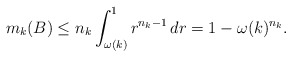
\begin{align*}m_{k}(B)\leq n_{k} \int_{\omega(k)}^{1}r^{n_{k}-1}\,dr=1-\omega(k)^{n_{k}}.\end{align*}